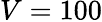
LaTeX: V=100